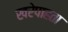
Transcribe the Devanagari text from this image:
खरेपाहता